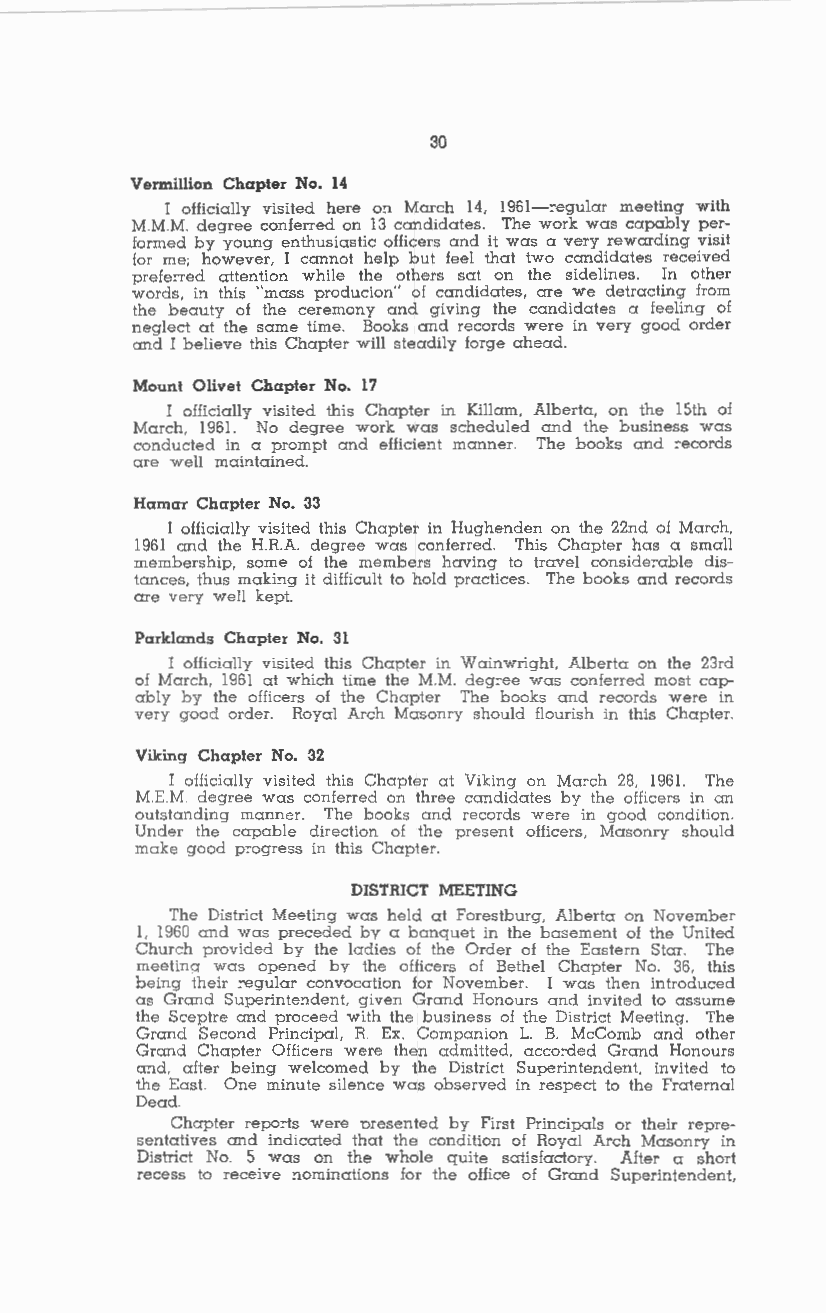
30
 Vermillion Chapter No. 14
 I officially visited here O!l March 14, 1961-,egular meeting with
 M.M.M. degree conferred on 13 candidates. The work was capably per
 formed by young enthusiastic officers and it was a very rewarding visit
 for me; however, I cannot help but feel that two candidates received
 prefe,red attention while the others sat on the sidelines. In other
 words, in this "mass producion" of candidates, are we detracting from
 the beauty of the ceremony and giving the candidates a feeling of
 neglect at the same time. Books and records were in very good order
 and I believe this Chapter will steadily forge ahead.
 Mount Olivet Chapter No. 17
 I officially visited this Chapter in Killam, Alberta, on the 15th of
 March, 1961. No degree work was scheduled and the business was
 conducted in a prompt and efficie!lt manner. The books and .,ecords
 are well maintained.
 Hamar Chapter No. 33
 I officially visited this Chapter in Hughenden on the 22nd of March,
 1961 and the H.R.A. degree was conferred. This Chapter has a small
 membership, some of the members having to travel conside,able dis
 tances, thus maki!lg it difficult to hold practices. The books and records
 are very well kept.
 Parklands Chapter No. 31
 I officially visited this Chapter in Wainwright. Alberta on the 23rd
 of March, 1961 at which time the M.M. deg,ee was conferred most cap
 ably by the officers of the Chapter The books and records were in
 very good order. Royal Arch Masonry should flourish in this Chapter.
 Viking Chapter No. 32
 I officially visited this Chapter at Viking on Ma,ch 28, 1961. The
 M.E.M. degree was conferred on three ca!1didates by the officers in an
 outstanding manner. The books and records were in good condition.
 Under the capable direction of the present officers, Masonry should
 make good p'ogress in this Chapter.
 DISTRICT MEETING
 The District Meeti!1g was held at Forestburg, Alberta on November
 I. 1960 and was preceded by a banquet in the basement of the United
 Church provided by the ladies of the Order of the Eastern Star. The
 meetina was opened bv the officers of Bethel Chapter No. 36, this
 being their 'egular convocation for November. I was then introduced
 as Grand Superinte!1dent, given Grand Honours and invited to assume
 the Sceptre and proceed with the business of the District Meeting. The
 Grand Second Principal, R. Ex. Companion L. B. McComb and other
 Grand Chapter Officers were then admitted, acco,ded Grand Honours
 CT!ld, after being welcomed by the District Superintendent, invited lo
 the East. One minute silence was observed in respect lo the Fraternal
 Dead.
 Chapter repo,ts were oresented by First Principals or their repre
 sentatives and indicated that the condition of Royal Arch Masonry in
 District No. 5 was on the whole quite satisfactory. After a short
 recess to receive !lOminations for the office of Grand Superintendent,